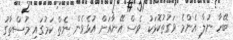
ބޭހާ ނުލާ އެންމެ ވަގުތުކޮޅަކު ވެސް އޭނާއަށް އުޅެވެން ނެތް ކަމުގައި މުސްތާގު